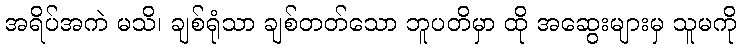
အရိပ်အကဲ မသိ၊ ချစ်ရုံသာ ချစ်တတ်သော ဘူပတိမှာ ထို အဆွေးများမှ သူမကို